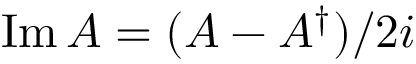
\operatorname { I m } A = ( A - A ^ { \dagger } ) / 2 i